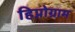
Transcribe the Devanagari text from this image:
हिप्नोग्राम